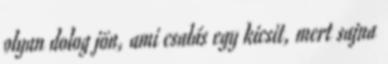
olyan dolog jön, ami csalás egy kicsit, mert sajna